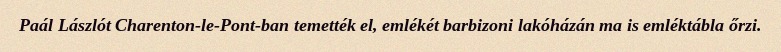
Paál Lászlót Charenton-le-Pont-ban temették el, emlékét barbizoni lakóházán ma is emléktábla őrzi.